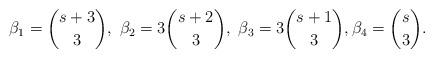
LaTeX: \begin{align*} \beta_1 = { s+3 \choose 3}, ~ \beta_2 = 3{ s+2 \choose 3},~\beta_3 = 3{ s+1 \choose 3}, \beta_4 = { s \choose 3}.\end{align*}